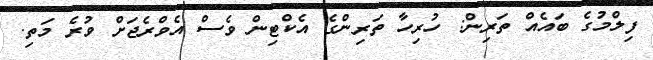
ފިލްމުގެ ބައެއް ތަރިން: ހުރިހާ ތަރިންގެ އެކްޓިން ވެސް އެވްރެޖަށް ވުރެ މަތި.